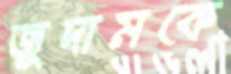
জুদামকে